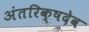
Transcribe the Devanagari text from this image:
अंतरिक्षदेव